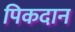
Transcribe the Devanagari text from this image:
पिकदान